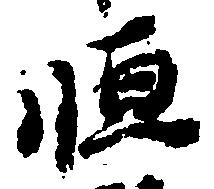
恒